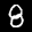
Label: 8